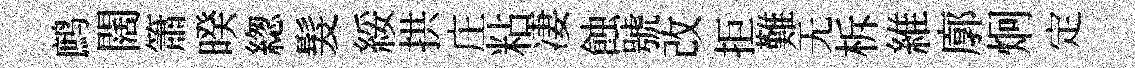
鹧闊簫暌緫髮綏拱庄粘凄蝕號改拒難无柝維廓炯定